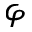
\varphi